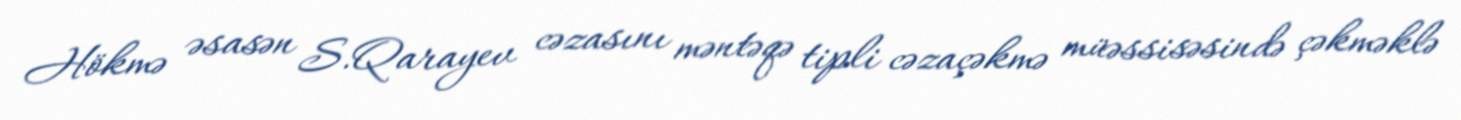
Hökmə əsasən S.Qarayev cəzasını məntəqə tipli cəzaçəkmə müəssisəsində çəkməklə